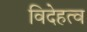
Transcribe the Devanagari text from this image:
विदेहत्व